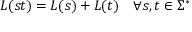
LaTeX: L ( s t ) = L ( s ) + L ( t ) \quad \forall s , t \in \Sigma ^ { * }